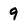
Character: 9